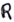
Text: R